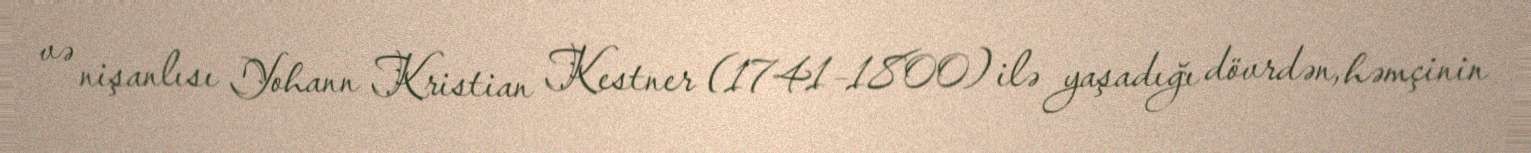
və nişanlısı Yohann Kristian Kestner (1741–1800) ilə yaşadığı dövrdən, həmçinin